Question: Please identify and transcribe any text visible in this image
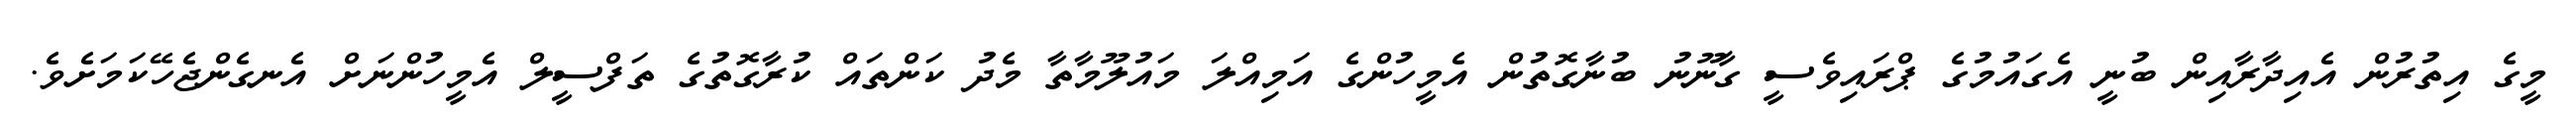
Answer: މީގެ އިތުރުން އެއިދާރާއިން ބުނީ އެގައުމުގެ ޕްރައިވެސީ ގާނޫނު ބުނާގޮތުން އެމީހުންގެ އަމިއްލަ މައުލޫމާތާ މެދު ކަންތައް ކުރާގޮތުގެ ތަފްސީލް އެމީހުންނަށް އެނގެންޖެހޭކަމަށެވެ.